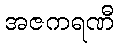
အဇကရဏီ